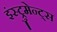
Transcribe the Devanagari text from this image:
इंस्ट्रुमेन्ट्स